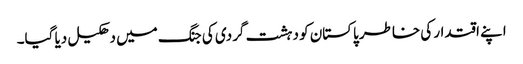
اپنے اقتدار کی خاطر پاکستان کو دہشت گردی کی جنگ میں دھکیل دیا گیا۔